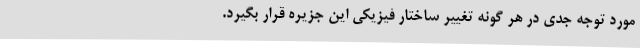
مورد توجه جدی در هر گونه تغییر ساختار فیزیکی این جزیره قرار بگیرد.